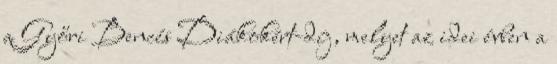
a Győri Bencés Diákokért-díj, melyet az idei évben a